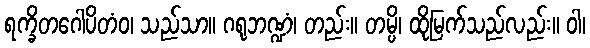
ရက္ခိတဂေါပိတံဝ၊ သည်သာ။ ဂရုဘဏ္ဍံ၊ တည်း။ တမ္ပိ၊ ထိုမြက်သည်လည်း။ ဝါ၊